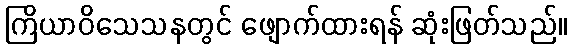
ကြိယာဝိသေသနတွင် ဖျောက်ထားရန် ဆုံးဖြတ်သည်။